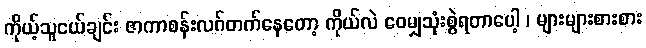
ကိုယ့်သူငယ်ချင်း ဇာကာစန်းလဂ်တက်နေတော့ ကိုယ်လဲ ဝေမျှသုံးစွဲရတာပေါ့ ၊ များများစားစား